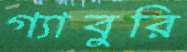
গ্যাবুরি